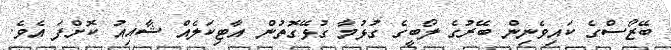
ބޭޒޯސްގެ ކައިވެނިން ބޭރުގެ ލޯބީގެ ގުޅުމާ ގުޅޭގޮތުން އާޓިކަލެއް ޝާއިއު ކޮށްފަ އެވެ.